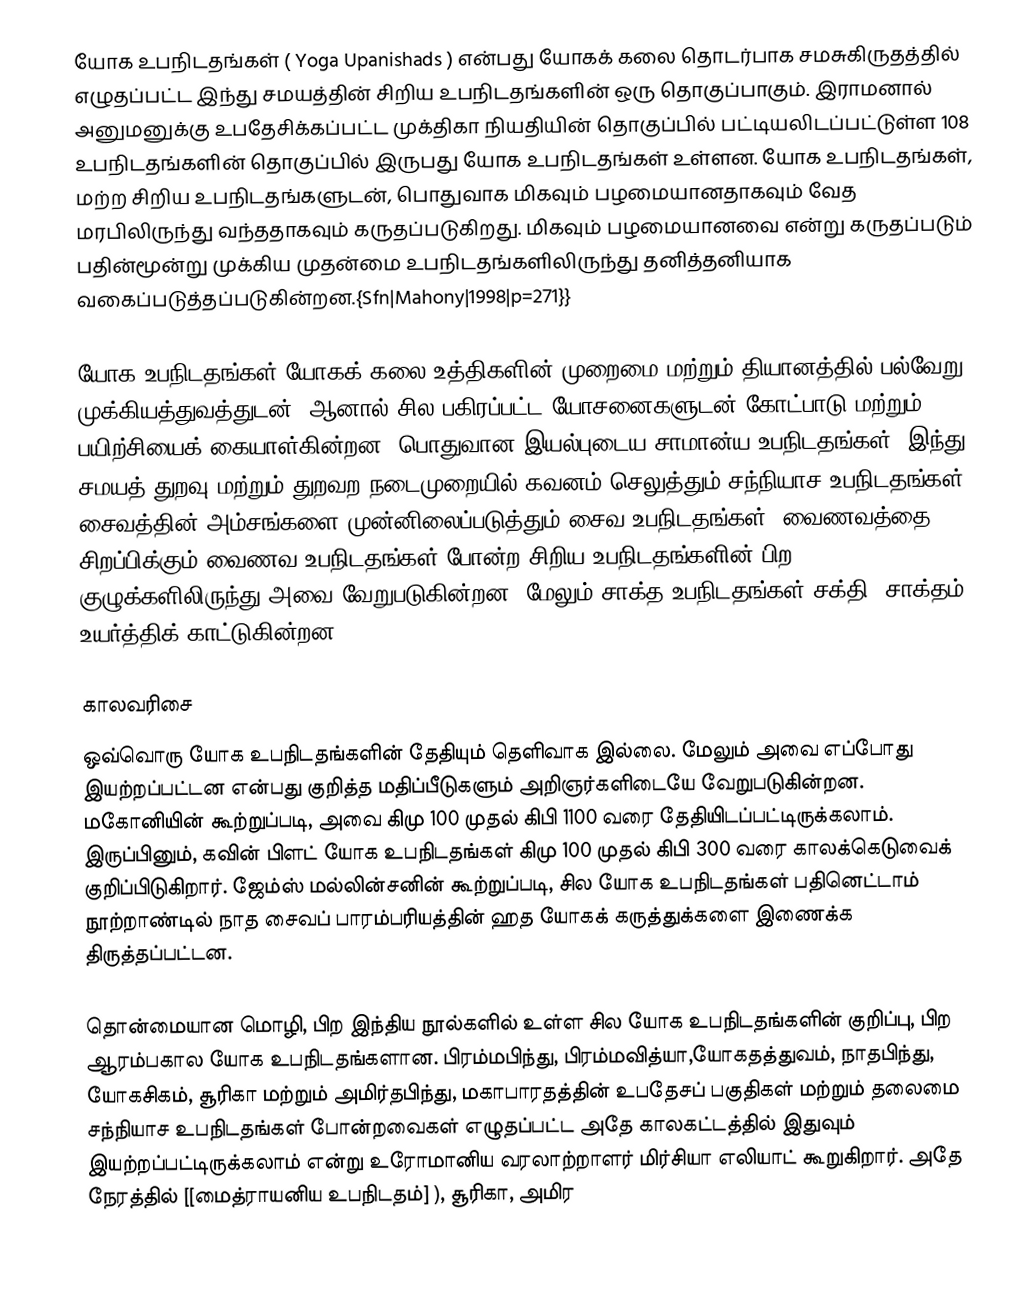
யோக உபநிடதங்கள் ( Yoga Upanishads ) என்பது யோகக் கலை தொடர்பாக சமசுகிருதத்தில் எழுதப்பட்ட இந்து சமயத்தின் சிறிய உபநிடதங்களின் ஒரு தொகுப்பாகும். இராமனால் அனுமனுக்கு உபதேசிக்கப்பட்ட முக்திகா நியதியின் தொகுப்பில் பட்டியலிடப்பட்டுள்ள 108 உபநிடதங்களின் தொகுப்பில் இருபது யோக உபநிடதங்கள் உள்ளன. யோக உபநிடதங்கள், மற்ற சிறிய உபநிடதங்களுடன், பொதுவாக மிகவும் பழமையானதாகவும் வேத மரபிலிருந்து வந்ததாகவும் கருதப்படுகிறது. மிகவும் பழமையானவை என்று கருதப்படும் பதின்மூன்று முக்கிய முதன்மை உபநிடதங்களிலிருந்து தனித்தனியாக வகைப்படுத்தப்படுகின்றன.{Sfn|Mahony|1998|p=271}}

யோக உபநிடதங்கள் யோகக் கலை உத்திகளின் முறைமை மற்றும் தியானத்தில் பல்வேறு முக்கியத்துவத்துடன், ஆனால் சில பகிரப்பட்ட யோசனைகளுடன் கோட்பாடு மற்றும் பயிற்சியைக் கையாள்கின்றன. பொதுவான இயல்புடைய சாமான்ய உபநிடதங்கள், இந்து சமயத் துறவு மற்றும் துறவற நடைமுறையில் கவனம் செலுத்தும் சந்நியாச உபநிடதங்கள், சைவத்தின் அம்சங்களை முன்னிலைப்படுத்தும் சைவ உபநிடதங்கள், வைணவத்தை சிறப்பிக்கும் வைணவ உபநிடதங்கள் போன்ற சிறிய உபநிடதங்களின் பிற குழுக்களிலிருந்து அவை வேறுபடுகின்றன. மேலும் சாக்த உபநிடதங்கள் சக்தி (சாக்தம்) உயர்த்திக் காட்டுகின்றன.

காலவரிசை
ஒவ்வொரு யோக உபநிடதங்களின் தேதியும் தெளிவாக இல்லை. மேலும் அவை எப்போது இயற்றப்பட்டன என்பது குறித்த மதிப்பீடுகளும் அறிஞர்களிடையே வேறுபடுகின்றன. மகோனியின் கூற்றுப்படி, அவை கிமு 100 முதல் கிபி 1100 வரை தேதியிடப்பட்டிருக்கலாம்.  இருப்பினும், கவின் பிளட் யோக உபநிடதங்கள் கிமு 100 முதல் கிபி 300 வரை காலக்கெடுவைக் குறிப்பிடுகிறார்.  ஜேம்ஸ் மல்லின்சனின் கூற்றுப்படி, சில யோக உபநிடதங்கள் பதினெட்டாம் நூற்றாண்டில் நாத சைவப் பாரம்பரியத்தின் ஹத யோகக் கருத்துக்களை இணைக்க திருத்தப்பட்டன.

தொன்மையான மொழி, பிற இந்திய நூல்களில் உள்ள சில யோக உபநிடதங்களின் குறிப்பு, பிற ஆரம்பகால யோக உபநிடதங்களான. பிரம்மபிந்து, பிரம்மவித்யா,யோகதத்துவம், நாதபிந்து, யோகசிகம், சூரிகா மற்றும் அமிர்தபிந்து, மகாபாரதத்தின் உபதேசப் பகுதிகள் மற்றும் தலைமை சந்நியாச உபநிடதங்கள் போன்றவைகள் எழுதப்பட்ட அதே காலகட்டத்தில் இதுவும் இயற்றப்பட்டிருக்கலாம் என்று உரோமானிய வரலாற்றாளர் மிர்சியா எலியாட் கூறுகிறார். அதே நேரத்தில் [[மைத்ராயனிய உபநிடதம்] ), சூரிகா, அமிர